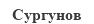
Сургунов